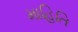
માહિતિ